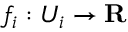
f _ { i } : U _ { i } \to \mathbf { R }